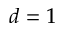
d = 1